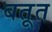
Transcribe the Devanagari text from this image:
बतूत